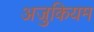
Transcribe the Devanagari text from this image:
अजुकियम